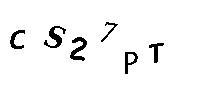
CS2PT